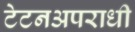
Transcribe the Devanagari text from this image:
टेटनअपराधी